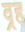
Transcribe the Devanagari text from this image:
व्रह